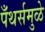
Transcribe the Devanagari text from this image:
पँथर्समुळे